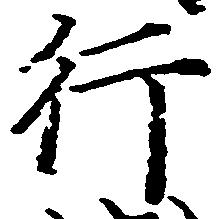
行